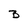
Character: B